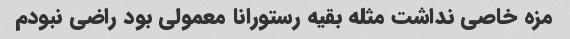
مزه خاصی نداشت مثله بقیه رستورانا معمولی بود راضی نبودم